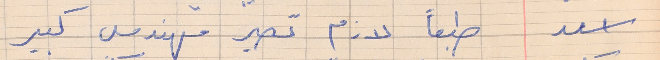
اسعد     طبعًا لازم تصير مهندس كبير